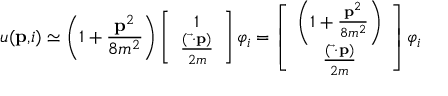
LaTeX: u ( \mathbf { p , } i ) \simeq \left( 1 + \frac { \mathbf { p } ^ { 2 } } { 8 m ^ { 2 } } \right) \left[ \begin{array} { c } { { 1 } } \\ { { \frac { ( \overrightarrow { \mathbf { \sigma } } \mathbf { \cdot p } ) } { 2 m } } } \end{array} \right] \varphi _ { i } = \left[ \begin{array} { c } { { \left( 1 + \frac { \mathbf { p } ^ { 2 } } { 8 m ^ { 2 } } \right) } } \\ { { \frac { ( \overrightarrow { \mathbf { \sigma } } \mathbf { \cdot p } ) } { 2 m } } } \end{array} \right] \varphi _ { i }